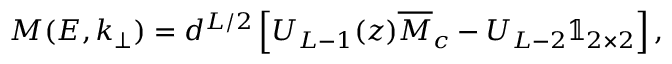
M ( E , k _ { \bot } ) = d ^ { L / 2 } \left[ U _ { L - 1 } ( z ) \overline { { M } } _ { c } - U _ { L - 2 } \mathbb { 1 } _ { 2 \times 2 } \right] ,